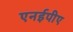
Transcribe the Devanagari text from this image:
एनईपीए